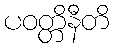
ပဝတ္တိနီတိ